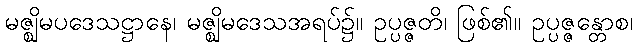
မဇ္ဈိမပဒေသဋ္ဌာနေ၊ မဇ္ဈိမဒေသအရပ်၌။ ဥပ္ပဇ္ဇတိ၊ ဖြစ်၏။ ဥပ္ပဇ္ဇန္တောစ၊